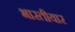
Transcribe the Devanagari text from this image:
भारतीयार